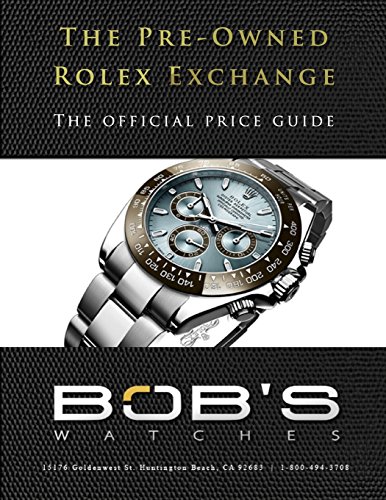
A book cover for The Pre-Owned Rolex Exchange: The Official Price Guide; Paul Altieri; Crafts, Hobbies & Home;